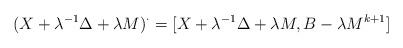
LaTeX: \begin{align*} (X+\lambda^{-1}\Delta+\lambda M)^\cdot=[X+\lambda^{-1}\Delta+\lambda M,B-\lambda M^{k+1}] \end{align*}